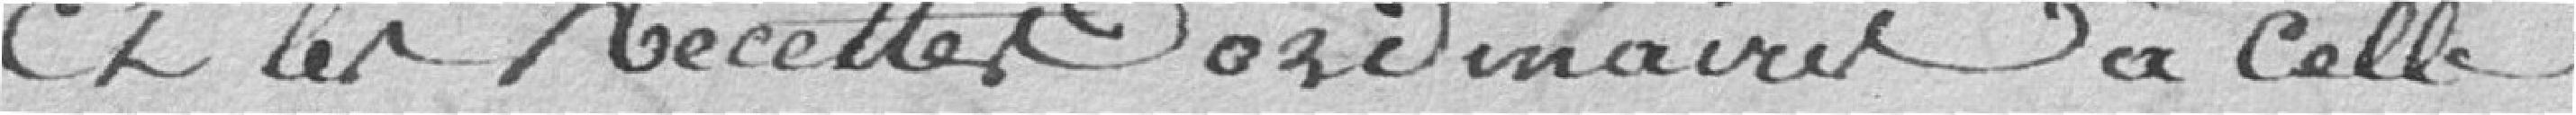
Et les recettes ordinaires à celle